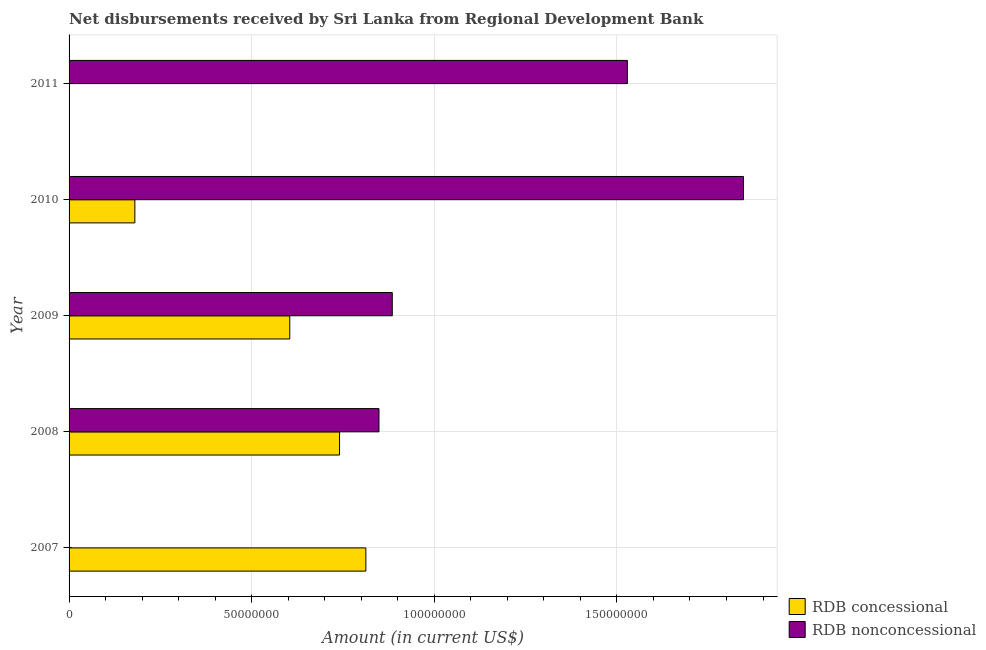
| Year | RDB concessional | RDB nonconcessional |
 | --- | --- | --- |
 | 2007 | 8.13e+07 | -2.65e+06 |
 | 2008 | 7.41e+07 | 8.48e+07 |
 | 2009 | 6.04e+07 | 8.85e+07 |
 | 2010 | 1.8e+07 | 1.85e+08 |
 | 2011 | -1.27e+07 | 1.53e+08 |